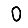
Digit: 0